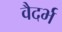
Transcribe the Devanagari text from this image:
वैदर्भ